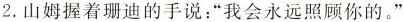
2.山姆握着珊迪的手说：”我会永远照顾你的。”